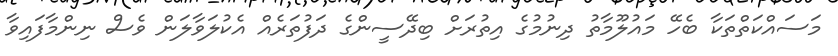
މަސައްކަތްތަކާ ބެހޭ މައުލޫމާތު ދިނުމުގެ އިތުރަށް ބިދޭސީންގެ ދަފުތަރެއް އެކުލަވާލަން ވެސް ނިންމާފައިވާ